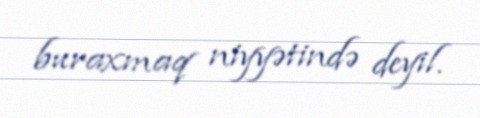
buraxmaq niyyətində deyil.